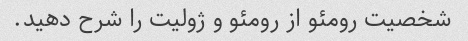
شخصیت رومئو از رومئو و ژولیت را شرح دهید.